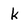
Character: k